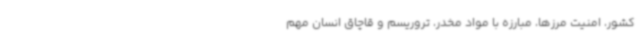
کشور، امنیت مرزها، مبارزه با مواد مخدر، تروریسم و قاچاق انسان مهم